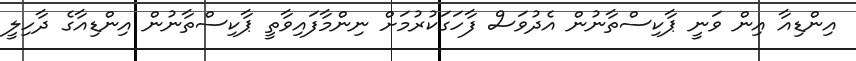
އިންޑިއާ އިން ވަނީ ޕާކިސްތާނުން އެދުވަސް ފާހަގަކުރުމަށް ނިންމާފައިވާތީ ޕާކިސްތާނުން އިންޑިއާގެ ދާހިލީ